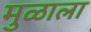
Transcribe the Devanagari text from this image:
मुळाला